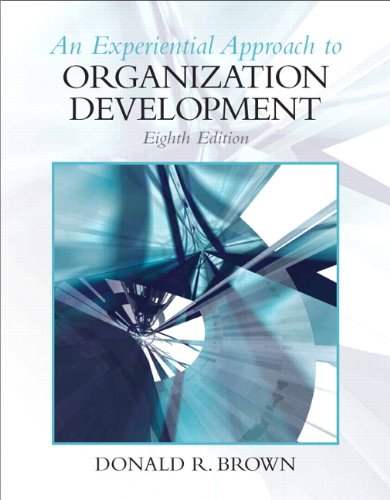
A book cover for An Experiential Approach to Organization Development, 8th Edition; Donald R Brown; Business & Money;